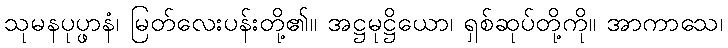
သုမနပုပ္ဖာနံ၊ မြတ်လေးပန်းတို့၏။ အဋ္ဌမုဋ္ဌိယော၊ ရှစ်ဆုပ်တို့ကို။ အာကာသေ၊